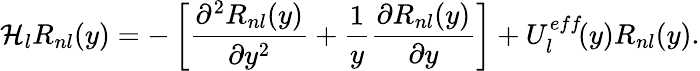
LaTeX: {\cal H}_{l}R_{nl}(y)=-\left[\frac{\partial^{2}R_{nl}(y)}{\partial y^{2}}+\frac{1}{y}\frac{\partial R_{nl}(y)}{\partial y}\right]+U_{l}^{eff}\! (y)R_{nl}(y).